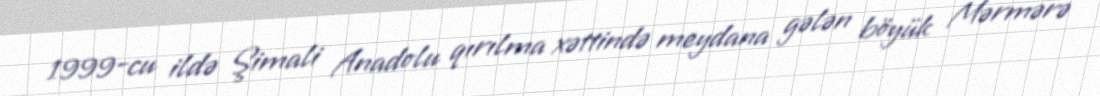
1999-cu ildə Şimali Anadolu qırılma xəttində meydana gələn böyük Mərmərə